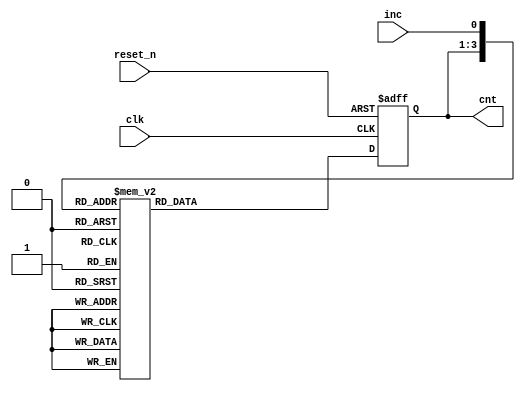
module cnt5(cnt, clk, reset_n, inc);			//cnt5
	input			clk,reset_n, inc;					// 3 inputs
	output[2:0]	cnt;									// 3bits output cnt
	
	parameter zero  = 3'b000;	// define zero  = 000
	parameter one   = 3'b001;	// define one   = 001
	parameter two   = 3'b010;	// define tow   = 010
	parameter three = 3'b011;	// define three = 011
	parameter four  = 3'b100;	// define four  = 100

	reg [2:0]	cnt;				// 3bits reg cnt
	reg [2:0]	next_cnt;		// 3bits reg next_cnt
	
	always @ (posedge clk or negedge reset_n)		// whenever clk is rising edge or reset_n is falling edge
	begin
		if(reset_n == 1'b0)	cnt <= zero;			// if reset_n=0, cnt = zero
		else						cnt <= next_cnt;		// else cnt= next_cnt
	end	
	
	always @ (inc or cnt)	
	begin
		case({cnt,inc})
		{zero,1'b0}		:	next_cnt <=four;		//when cnt=0, if inc=0, next_cnt = four
		{zero,1'b1}		:	next_cnt <=one;		//when cnt=0, if inc=1, next_cnt = one
		{one,1'b0}		:	next_cnt <=zero;		//when cnt=1, if inc=0, next_cnt = zero
		{one,1'b1}		:	next_cnt <=two;		//when cnt=1, if inc=1, next_cnt = two
		{two,1'b0}		:	next_cnt <=one;		//when cnt=2, if inc=0, next_cnt = one
		{two,1'b1}		:	next_cnt <=three;		//when cnt=2, if inc=1, next_cnt = three
		{three,1'b0}	:	next_cnt <=two;		//when cnt=3, if inc=0, next_cnt = two
		{three,1'b1}	:	next_cnt <=four;		//when cnt=3, if inc=1, next_cnt = four
		{four,1'b0}		:	next_cnt <=three;		//when cnt=4, if inc=0, next_cnt = three
		{four,1'b1}		:	next_cnt <=zero;		//when cnt=4, if inc=1, next_cnt = zero
		default			:	next_cnt <=3'bx;		//when default, next_cnt = unknown 
		endcase
	end
	
endmodule